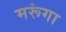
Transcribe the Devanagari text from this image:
मरूंगा